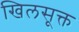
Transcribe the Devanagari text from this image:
खिलसूक्त